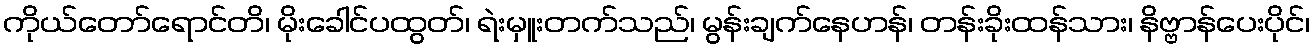
ကိုယ်တော်ရောင်တိ၊ မိုးခေါင်ပထွတ်၊ ရဲးမှူးတက်သည်၊ မွန်းချက်နေဟန်၊ တန်းခိုးထန်သား၊ နိဗ္ဗာန်ပေးပိုင်၊